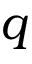
q